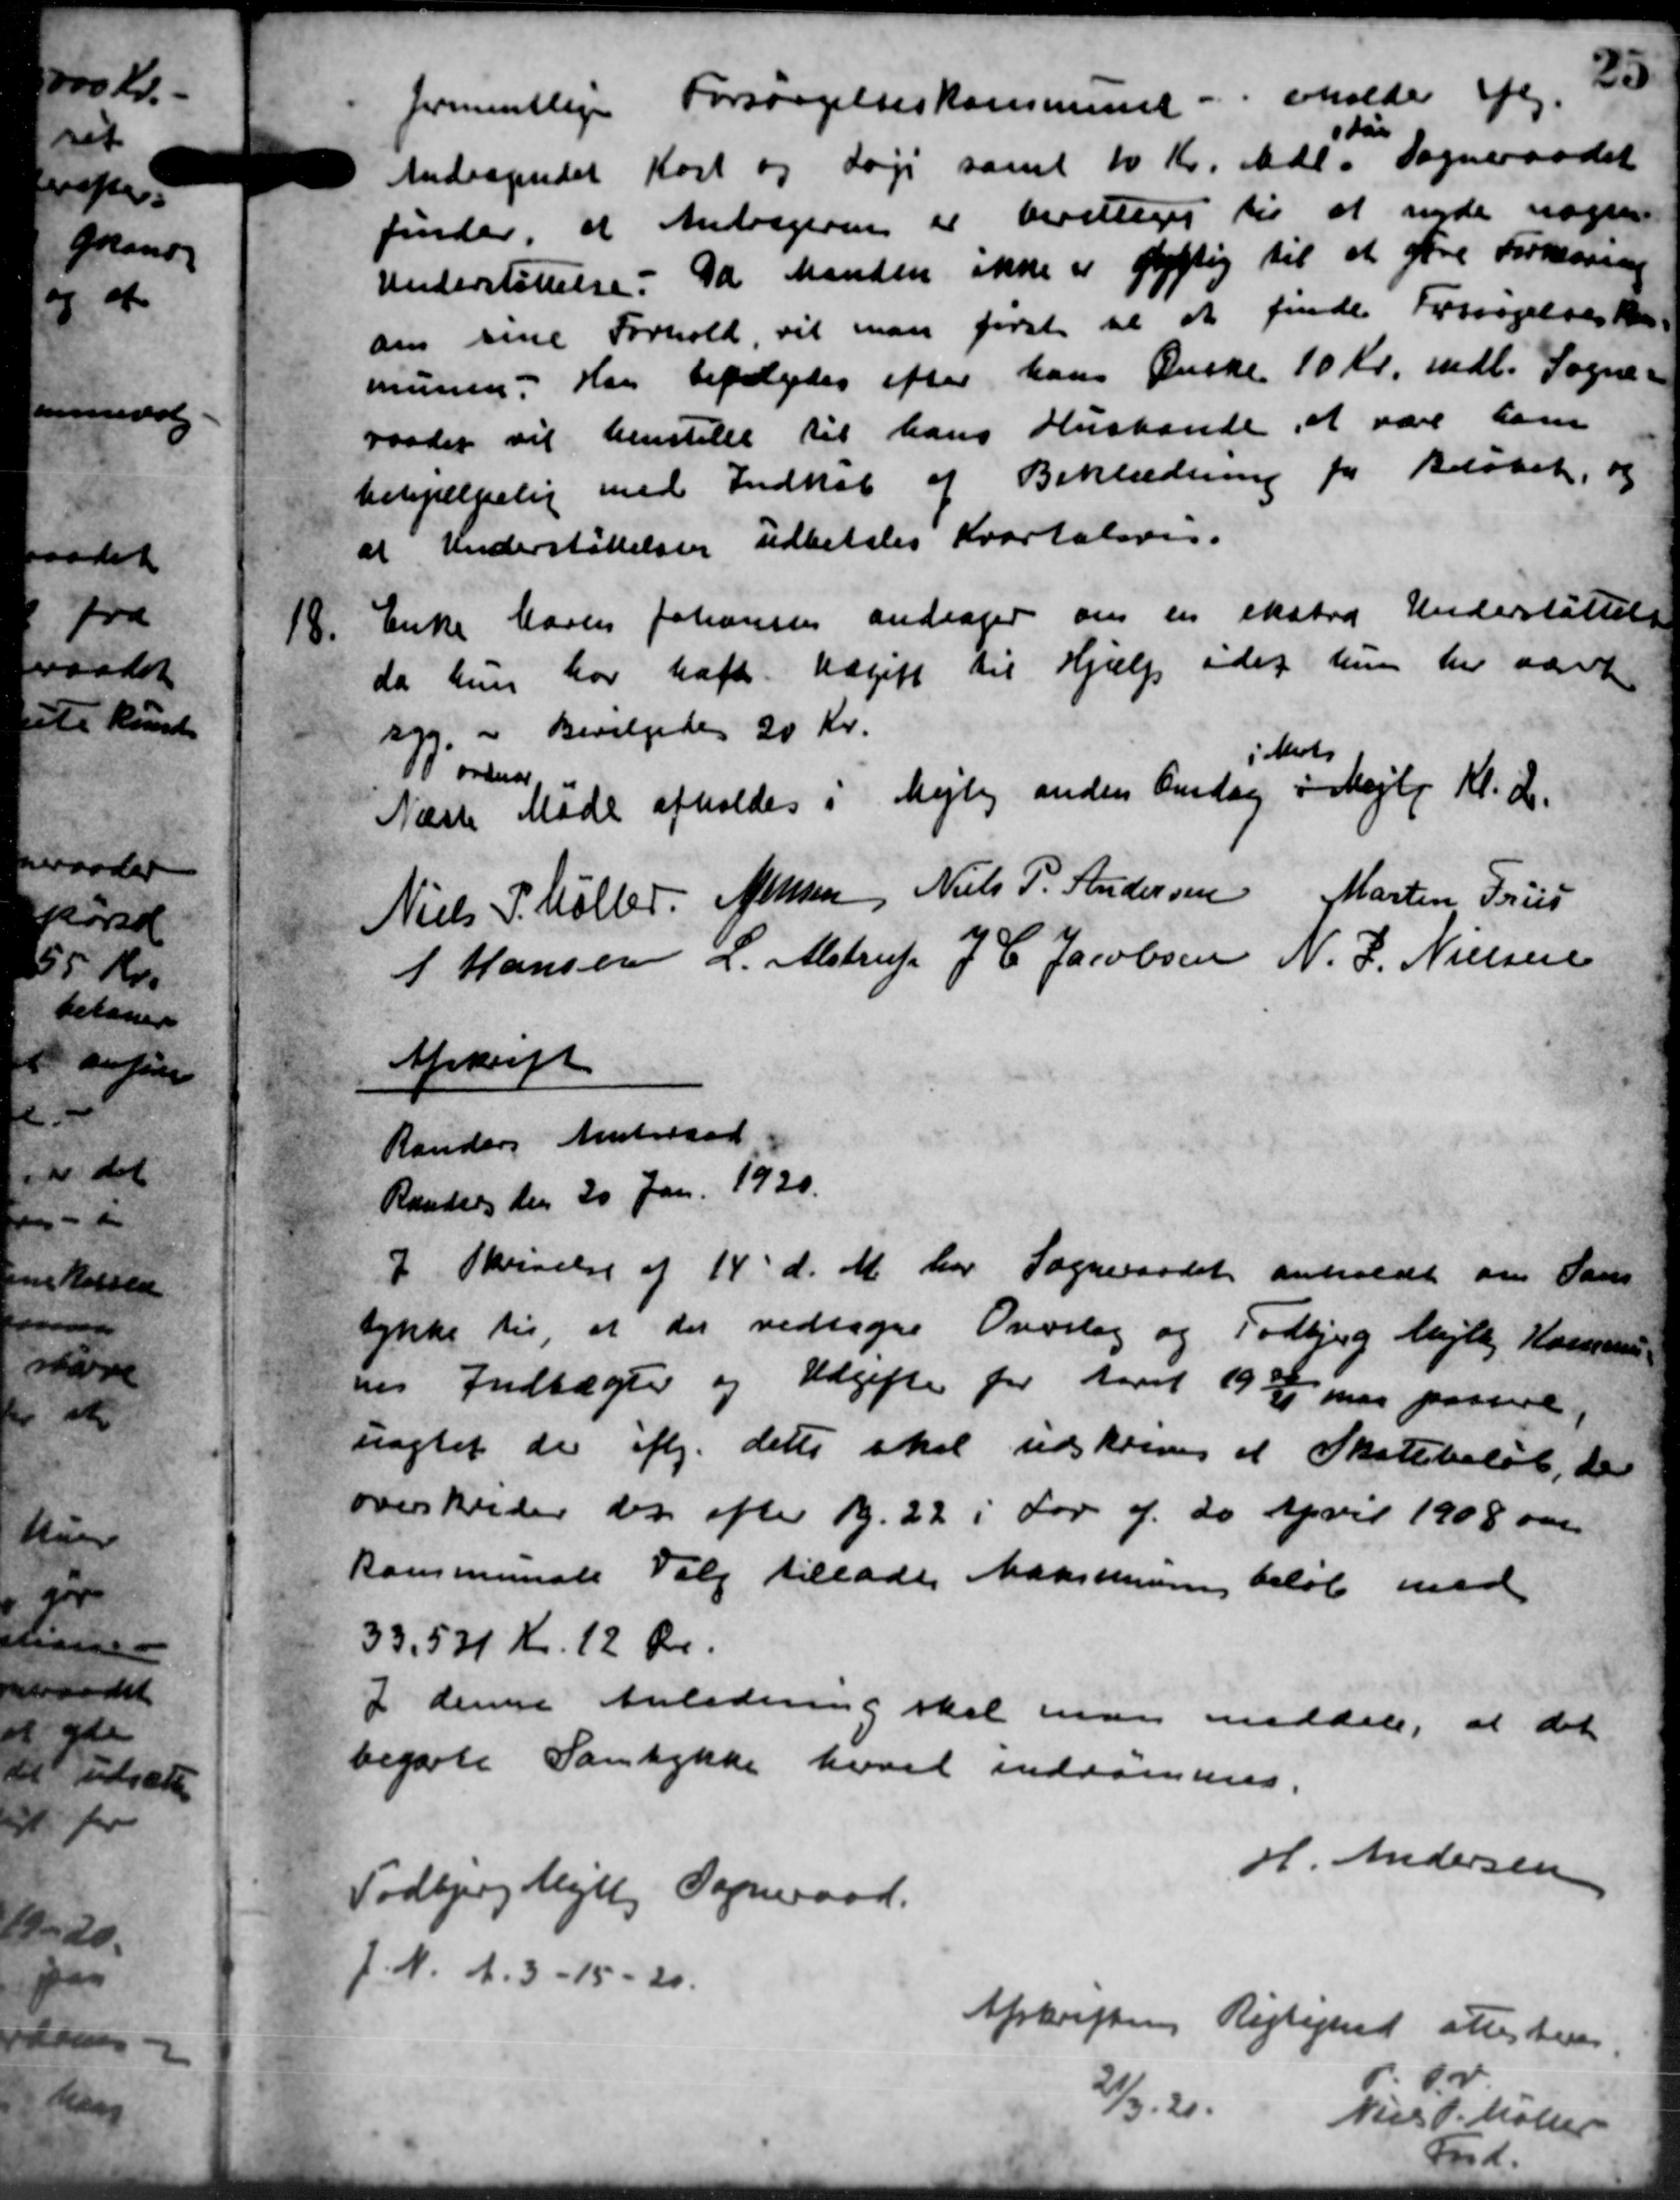
Transskription:
formentlige Forsørgelseskommune - erholde efter.
Andragendet Kort og søge samt 10 Kr. Mdl. Sogneraadet
sdør
finder, at Andrageren er bevilliges til at nyde nogen
Understøttelse. Da Manden ikke er fygtig til at føre Forkesang
om sine Forhold, vil man første til at finde Forsøgelsesko-
munen. Han befaledes efter hans Ønske 10 Kr. mdl. Sogne-
raadet vil henstille til hans Hustande, at være ham
behjælpelig med Indkøb af Beklædning for Beløbet, og
at Understøttelsen udbetales Kvartalsvis.
18.
Enke Maren Johannes andrager om en ekstra Understøttelse
da hun har haft. Udgift til Hjælp idet hun har været
" Bevilgedes 20 Kr.
Næste Møde afholdes i Mejlby anden Onsdag i Mejlb Kl. 2.
Horsen
i Marts
Niels P. Møller
Nilsen
Niels P. Andersen
Martin Friis
P Hansen
L. Alstrup
J. C. Jacobsen
N. J. Nielsen

Afskrift
Randers Amtsraad
Randers den 20 Jan. 1920.
I Skrivelse af 14' d. M. har Sogneraadet anholdt om Sam
tykke til at der vedtages Overlag og Todbjerg Mejlby Hossens
nes Indtægter og Udgifter for Aaret 1930/31 var passel
uagtet der iflg. dette skal udskrives et Skattebeløb, de
overskrider der efter B. 22 i Lov f. 20 April 1908 ome
Kommunale Valg tillades Maksimum beløb med
33,531 Kr. 12 Øre.
I denne Anledning skal man meddele, at det
begærte Samtykke hvori indrømmes.
H. Andersen
Todbjerg Mejlby Sogneraad.
J.N. d. 3 -15-20.
Afskriften Rigtighed attesteres
1.v
2/3 21.
Niels P. Møller
Ford.